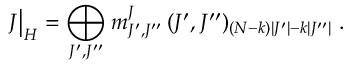
J \bigr | _ { H } = \bigoplus _ { J ^ { \prime } , J ^ { \prime \prime } } m _ { J ^ { \prime } , J ^ { \prime \prime } } ^ { J } \, ( J ^ { \prime } , J ^ { \prime \prime } ) _ { ( N - k ) | J ^ { \prime } | - k | J ^ { \prime \prime } | } \; .